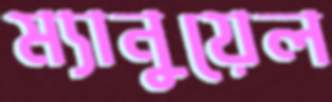
ম্যানুয়েল